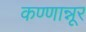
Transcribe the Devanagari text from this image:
कण्णान्नूर